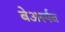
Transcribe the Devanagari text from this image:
बेअर्स्पव